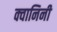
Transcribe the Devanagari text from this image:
क्वानिनी